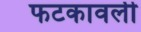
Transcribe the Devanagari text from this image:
फटकावली